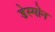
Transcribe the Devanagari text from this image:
डेस्मोन